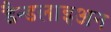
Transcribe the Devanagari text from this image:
डैन्डलाइअन